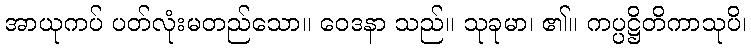
အာယုကပ် ပတ်လုံးမတည်သော။ ဝေဒနာ သည်။ သုခုမာ၊ ၏။ ကပ္ပဋ္ဌိတိကာသုပိ၊